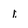
Character: 1